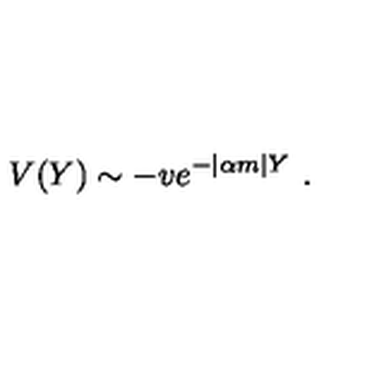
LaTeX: V ( Y ) \sim - v e ^ { - | \alpha m | Y } \ .